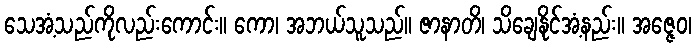
သေအံ့သည်ကိုလည်းကောင်း။ ကော၊ အဘယ်သူသည်။ ဇာနာတိ၊ သိချေနိုင်အံ့နည်း။ အဇ္ဇေဝ၊